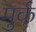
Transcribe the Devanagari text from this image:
मुर्क